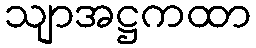
သျာအဋ္ဌကထာ